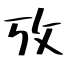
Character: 攷